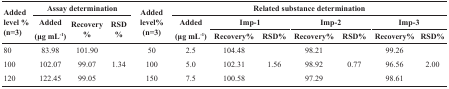
| <ROWSPAN=3> Addedlevel% (n=3) | <COLSPAN=3> Assay determination | <ROWSPAN=3> Addedlevel%(n=3) | <COLSPAN=7> Related substance determination |
 | <ROWSPAN=2> Added(μg mL-1) | <ROWSPAN=2> Recovery% | <ROWSPAN=2> RSD% | <ROWSPAN=2> Added(μg mL-1) | <COLSPAN=2> Imp-1 | <COLSPAN=2> Imp-2 | <COLSPAN=2> Imp-3 |
 | Recovery% | RSD% | Recovery% | RSD% | Recovery% | RSD% |
 | --- | --- | --- | --- | --- | --- | --- | --- | --- | --- | --- | --- |
 | 80 | 83.98 | 101.90 | <ROWSPAN=3> 1.34 | 50 | 2.5 | 104.48 | <ROWSPAN=3> 1.56 | 98.21 | <ROWSPAN=3> 0.77 | 99.26 | <ROWSPAN=3> 2.00 |
 | 100 | 102.07 | 99.07 | 100 | 5.0 | 102.31 | 98.92 | 96.56 |
 | 120 | 122.45 | 99.05 | 150 | 7.5 | 100.58 | 97.29 | 98.61 |